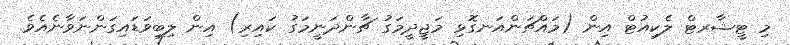
މި ޓީޝާރޓް ލެކިއުޓް އިން (މައްޗަންއަނގޮޅި މަޖީދީމަގު ޗާންދަނީމަގު ކައިރި) އިން ލިބިވަޑައިގަންނަވާނެއެވެ.